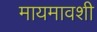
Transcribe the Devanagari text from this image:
मायमावशी